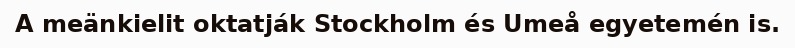
A meänkielit oktatják Stockholm és Umeå egyetemén is.